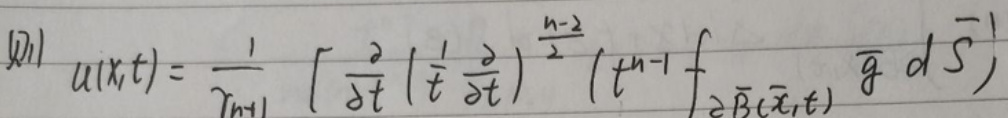
\[
(31)\quad u(x,t)=\frac{1}{\gamma_{n+1}}\left[\frac{\partial}{\partial t}\left(\frac{1}{t}\frac{\partial}{\partial t}\right)^{\frac{n - 2}{2}}\left(t^{n - 1}\int_{\partial\overline{B}(x,t)}\overline{g}\,d\overline{S}\right)\right]
\]